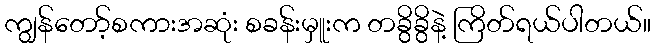
ကျွန်တော့်စကားအဆုံး စခန်းမှူးက တခွိခွိနဲ့ ကြိတ်ရယ်ပါတယ်။